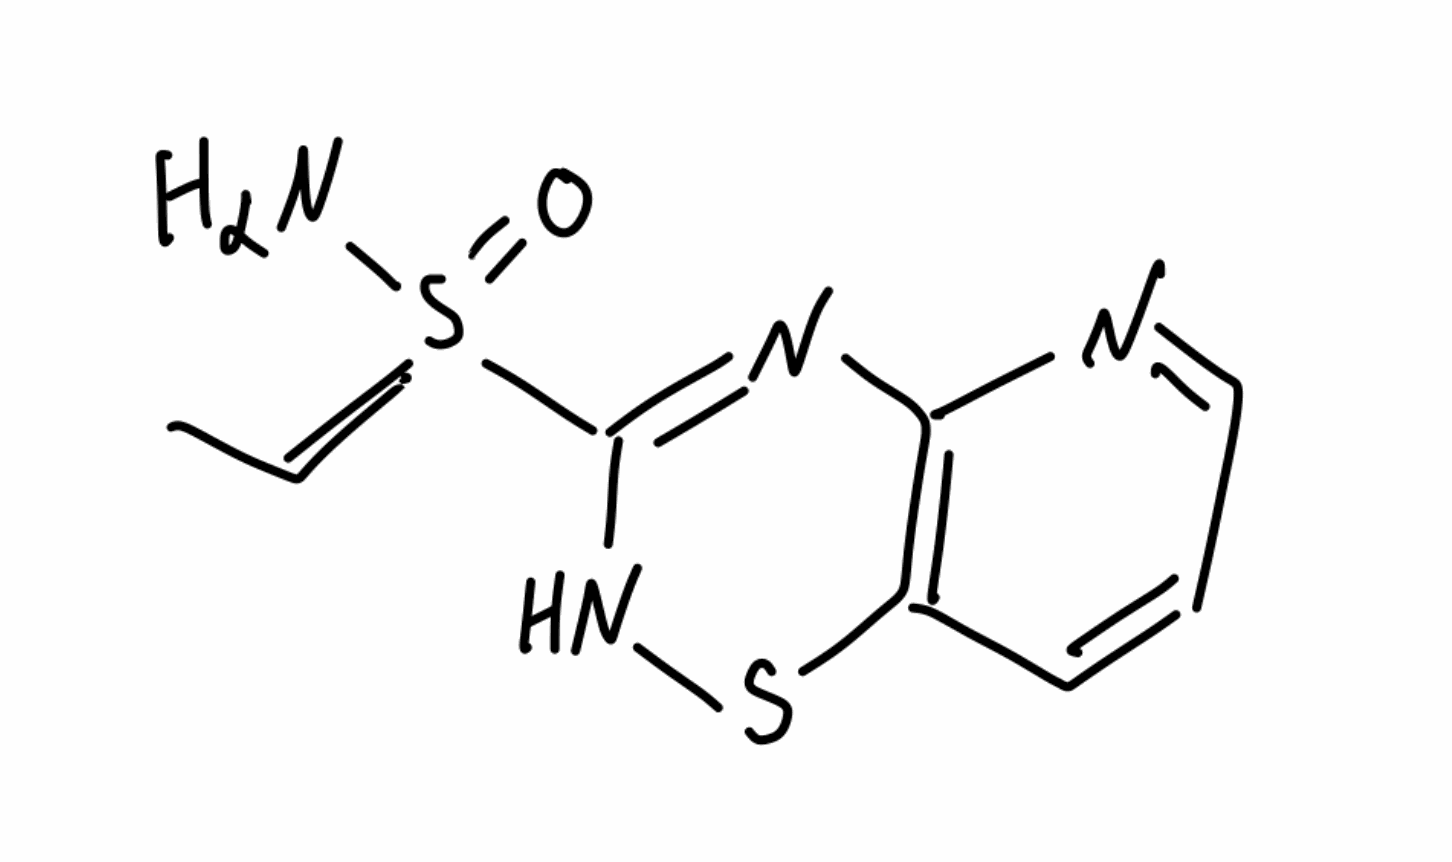
Simplified molecular-input line-entry system (SMILES) notation of the given molecule:
CC=S(=O)(C1=NC2=C(C=CC=N2)SN1)N